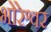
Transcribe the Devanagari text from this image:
भोरेश्वर